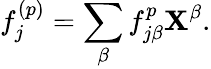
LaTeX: f_{j}^{(p)}=\sum_{\beta}f_{j\beta}^{p}\mathbf{X}^{\beta}.